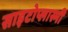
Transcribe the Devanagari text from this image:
साइटोप्लास्मी